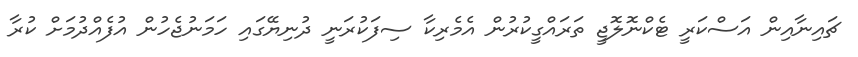
ޗައިނާއިން އަސްކަރީ ޓެކްނޮލޮޖީ ތަރައްގީކުރުން އެމެރިކާ ސިފަކުރަނީ ދުނިޔޭގައި ހަމަނުޖެހުން އުފެއްދުމަށް ކުރާ